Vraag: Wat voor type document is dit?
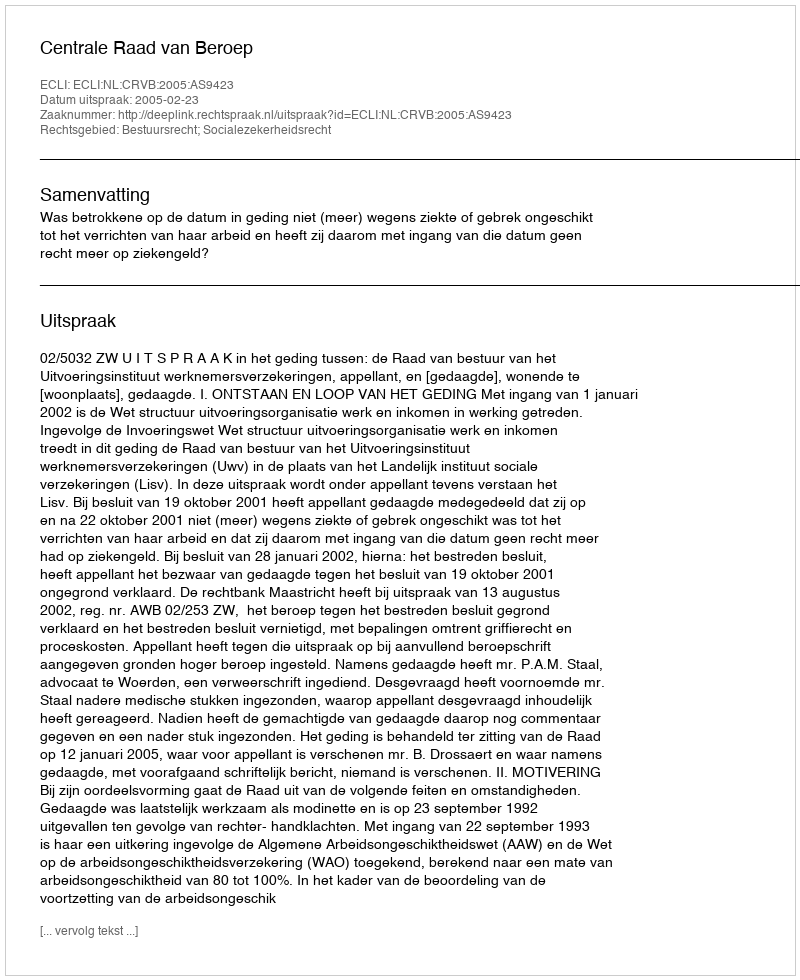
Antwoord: Uitspraak